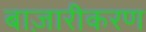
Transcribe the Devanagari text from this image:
बाज़ारीकरण